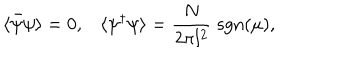
\langle \bar { \psi } \psi \rangle = 0 , \langle \psi ^ { \dagger } \psi \rangle = \frac { N } { 2 \pi l ^ { 2 } } \; \mathrm { s g n } ( \mu ) ,